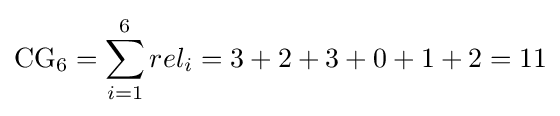
\mathrm {CG_{6}} =\sum _{i=1}^{6}rel_{i}=3+2+3+0+1+2=11